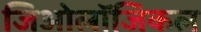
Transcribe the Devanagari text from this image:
जिओलॉजिकल